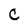
Character: C